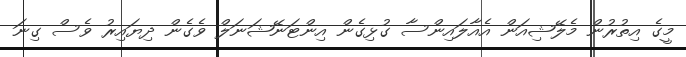
މީގެ އިތުރުން މެލޭޝިއަން އެއާލައިންސާ ގުޅިގެން އިންޓަނޭޝަނަލް ވެގެން ދިޔައިރު ވެސް ގިނަ